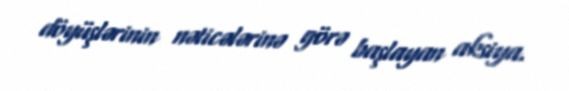
döyüşlərinin nəticələrinə görə başlayan aksiya.